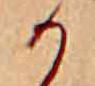
か